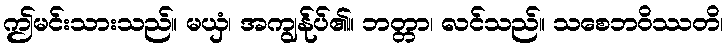
ဤမင်းသားသည်။ မယှံ၊ အကျွန်ုပ်၏။ ဘတ္တာ၊ လင်သည်။ သစေဘဝိဿတိ၊